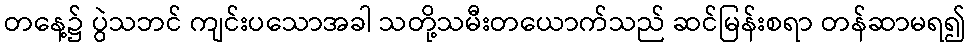
တနေ့၌ ပွဲသဘင် ကျင်းပသောအခါ သတို့သမီးတယောက်သည် ဆင်မြန်းစရာ တန်ဆာမရ၍